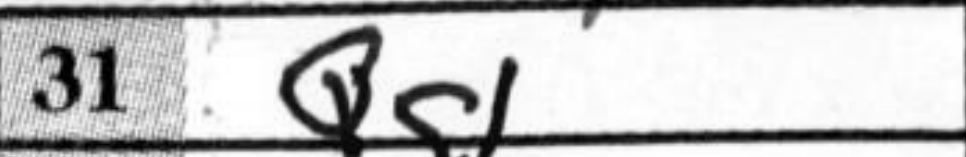
Transcription: Qg1